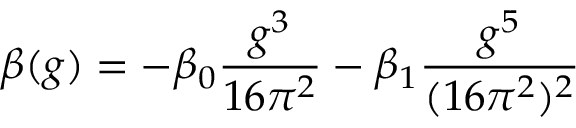
\beta ( g ) = - \beta _ { 0 } { \frac { g ^ { 3 } } { 1 6 \pi ^ { 2 } } } - \beta _ { 1 } { \frac { g ^ { 5 } } { ( 1 6 \pi ^ { 2 } ) ^ { 2 } } }